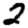
Digit: 2